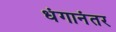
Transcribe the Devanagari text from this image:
धंगानंतर